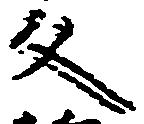
文